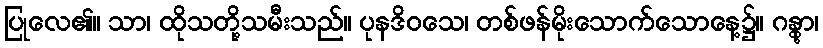
ပြုလေ၏။ သာ၊ ထိုသတို့သမီးသည်။ ပုနဒိဝသေ၊ တစ်ဖန်မိုးသောက်သောနေ့၌။ ဂန္တွာ၊